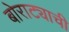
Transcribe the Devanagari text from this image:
बोराट्याची